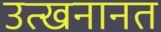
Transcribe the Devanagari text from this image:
उत्खनानत